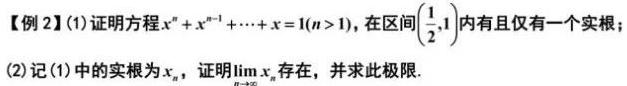
【例 2】(1) 证明方程$x^{n}+x^{n - 1}+\cdots +x = 1(n > 1)$，在区间$(\frac{1}{2},1)$内有且仅有一个实根；
(2) 记(1) 中的实根为$x_{n}$，证明$\lim\limits_{n\rightarrow\infty}x_{n}$存在，并求此极限.